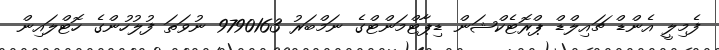
ފެމިލީ އެންޑް ޗައިލްޑް ޕްރޮޓެކްޝަން ޑިޕާޓްމަންޓްގެ ނަމްބަރު 9790163 ނުވަތަ ފުލުހުންގެ ހޮޓްލައިން